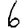
Digit: 6